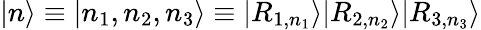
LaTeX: |n\rangle\equiv|n_{1},n_{2},n_{3}\rangle\equiv|R_{1,n_{1}}\rangle|R_{2,n_{2}}\rangle|R_{3,n_{3}}\rangle